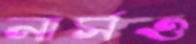
নার্সও